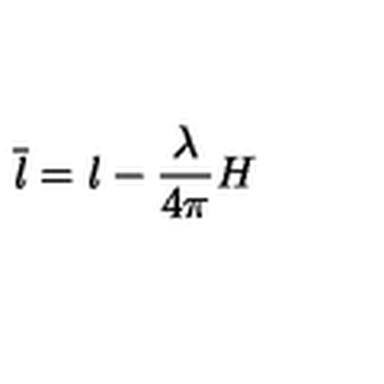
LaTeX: \overline { { l } } = l - { \frac { \lambda } { 4 \pi } } H